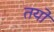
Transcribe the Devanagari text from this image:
तयो